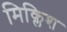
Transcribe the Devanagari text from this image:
मिक्लिश